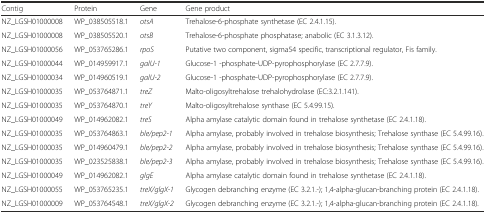
<table><thead><tr><td><b>Contig</b></td><td><b>Protein</b></td><td><b>Gene</b></td><td><b>Gene product</b></td></tr></thead><tbody><tr><td>NZ_LGSH01000008</td><td>WP_038505518.1</td><td><i>otsA</i></td><td>Trehalose-6-phosphate synthetase (EC 2.4.1.15).</td></tr><tr><td>NZ_LGSH01000008</td><td>WP_038505520.1</td><td><i>otsB</i></td><td>Trehalose-6-phosphate phosphatase; anabolic (EC 3.1.3.12).</td></tr><tr><td>NZ_LGSH01000056</td><td>WP_053765286.1</td><td><i>rpoS</i></td><td>Putative two component, sigma54 specific, transcriptional regulator, Fis family.</td></tr><tr><td>NZ_LGSH01000044</td><td>WP_014959917.1</td><td><i>galU-1</i></td><td>Glucose-1 -phosphate-UDP-pyrophosphorylase (EC 2.7.7.9).</td></tr><tr><td>NZ_LGSH01000034</td><td>WP_014960519.1</td><td><i>galU-2</i></td><td>Glucose-1 -phosphate-UDP-pyrophosphorylase (EC 2.7.7.9).</td></tr><tr><td>NZ_LGSH01000035</td><td>WP_053764871.1</td><td><i>treZ</i></td><td>Malto-oligosyltrehalose trehalohydrolase (EC:3.2.1.141).</td></tr><tr><td>NZ_LGSH01000035</td><td>WP_053764870.1</td><td><i>treY</i></td><td>Malto-oligosyltrehalose synthase (EC 5.4.99.15).</td></tr><tr><td>NZ_LGSH01000049</td><td>WP_014962082.1</td><td><i>treS</i></td><td>Alpha amylase catalytic domain found in trehalose synthetase (EC 2.4.1.18).</td></tr><tr><td>NZ_LGSH01000035</td><td>WP_053764863.1</td><td><i>ble/pep2-1</i></td><td>Alpha amylase, probably involved in trehalose biosynthesis; Trehalose synthase (EC 5.4.99.16).</td></tr><tr><td>NZ_LGSH01000035</td><td>WP_014960479.1</td><td><i>ble/pep2-2</i></td><td>Alpha amylase, probably involved in trehalose biosynthesis; Trehalose synthase (EC 5.4.99.16).</td></tr><tr><td>NZ_LGSH01000035</td><td>WP_023525838.1</td><td><i>ble/pep2-3</i></td><td>Alpha amylase, probably involved in trehalose biosynthesis; Trehalose synthase (EC 5.4.99.16).</td></tr><tr><td>NZ_LGSH01000049</td><td>WP_014962082.1</td><td><i>glgE</i></td><td>Alpha amylase catalytic domain found in trehalose synthetase (EC 2.4.1.18).</td></tr><tr><td>NZ_LGSH01000055</td><td>WP_053765235.1</td><td><i>treX/glgX-1</i></td><td>Glycogen debranching enzyme (EC 3.2.1.-); 1,4-alpha-glucan-branching protein (EC 2.4.1.18).</td></tr><tr><td>NZ_LGSH01000009</td><td>WP_053764548.1</td><td><i>treX/glgX-2</i></td><td>Glycogen debranching enzyme (EC 3.2.1.-); 1,4-alpha-glucan-branching protein (EC 2.4.1.18).</td></tr></tbody></table>